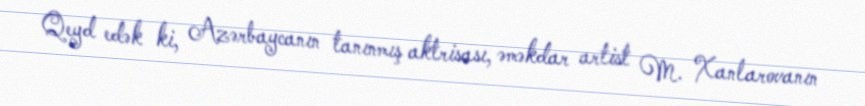
Qeyd edək ki, Azərbaycanın tanınmış aktrisası, əməkdar artist M. Xanlarovanın